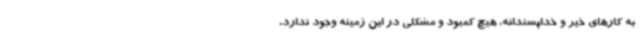
به کارهای خیر و خداپسندانه، هیچ کمبود و مشکلی در این زمینه وجود ندارد.